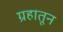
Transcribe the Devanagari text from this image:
ग्रहातून